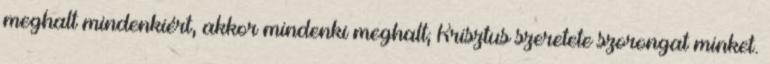
meghalt mindenkiért, akkor mindenki meghalt; Krisztus szeretete szorongat minket.